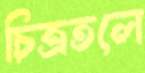
চিত্রতলে